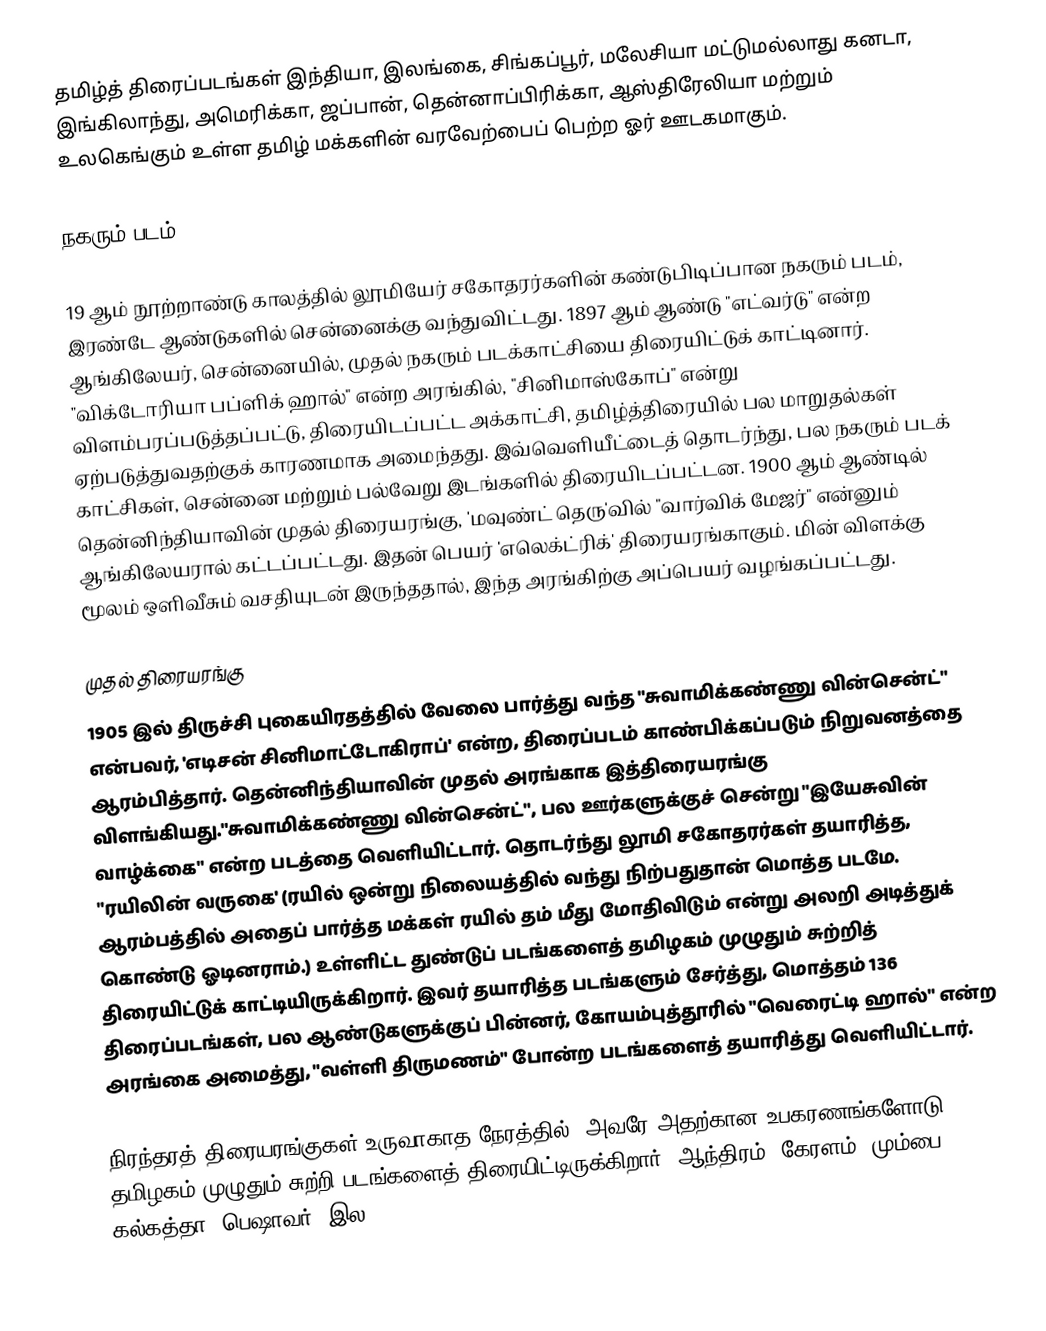
தமிழ்த் திரைப்படங்கள் இந்தியா, இலங்கை, சிங்கப்பூர், மலேசியா மட்டுமல்லாது கனடா, இங்கிலாந்து, அமெரிக்கா, ஜப்பான், தென்னாப்பிரிக்கா, ஆஸ்திரேலியா மற்றும் உலகெங்கும் உள்ள தமிழ் மக்களின் வரவேற்பைப் பெற்ற ஓர் ஊடகமாகும்.

நகரும் படம்

19 ஆம் நூற்றாண்டு காலத்தில் லூமியேர் சகோதரர்களின் கண்டுபிடிப்பான நகரும் படம், இரண்டே ஆண்டுகளில் சென்னைக்கு வந்துவிட்டது. 1897 ஆம் ஆண்டு "எட்வர்டு" என்ற ஆங்கிலேயர், சென்னையில், முதல் நகரும் படக்காட்சியை திரையிட்டுக் காட்டினார். "விக்டோரியா பப்ளிக் ஹால்" என்ற அரங்கில், "சினிமாஸ்கோப்" என்று விளம்பரப்படுத்தப்பட்டு, திரையிடப்பட்ட அக்காட்சி, தமிழ்த்திரையில் பல மாறுதல்கள் ஏற்படுத்துவதற்குக் காரணமாக அமைந்தது. இவ்வெளியீட்டைத் தொடர்ந்து, பல நகரும் படக் காட்சிகள், சென்னை மற்றும் பல்வேறு இடங்களில் திரையிடப்பட்டன. 1900 ஆம் ஆண்டில் தென்னிந்தியாவின் முதல் திரையரங்கு, 'மவுண்ட் தெரு'வில் "வார்விக் மேஜர்" என்னும் ஆங்கிலேயரால் கட்டப்பட்டது. இதன் பெயர் 'எலெக்ட்ரிக்' திரையரங்காகும். மின் விளக்கு மூலம் ஒளிவீசும் வசதியுடன் இருந்ததால், இந்த அரங்கிற்கு அப்பெயர் வழங்கப்பட்டது.

முதல் திரையரங்கு
1905 இல் திருச்சி புகையிரதத்தில் வேலை பார்த்து வந்த "சுவாமிக்கண்ணு வின்சென்ட்" என்பவர், 'எடிசன் சினிமாட்டோகிராப்' என்ற, திரைப்படம் காண்பிக்கப்படும் நிறுவனத்தை ஆரம்பித்தார். தென்னிந்தியாவின் முதல் அரங்காக இத்திரையரங்கு விளங்கியது."சுவாமிக்கண்ணு வின்சென்ட்", பல ஊர்களுக்குச் சென்று "இயேசுவின் வாழ்க்கை" என்ற படத்தை வெளியிட்டார். தொடர்ந்து லூமி சகோதரர்கள் தயாரித்த, "ரயிலின் வருகை' (ரயில் ஒன்று நிலையத்தில் வந்து நிற்பதுதான் மொத்த படமே. ஆரம்பத்தில் அதைப் பார்த்த மக்கள் ரயில் தம் மீது மோதிவிடும் என்று அலறி அடித்துக் கொண்டு ஓடினராம்.) உள்ளிட்ட துண்டுப் படங்களைத் தமிழகம் முழுதும் சுற்றித் திரையிட்டுக் காட்டியிருக்கிறார். இவர் தயாரித்த படங்களும் சேர்த்து, மொத்தம் 136 திரைப்படங்கள்,  பல ஆண்டுகளுக்குப் பின்னர், கோயம்புத்தூரில் "வெரைட்டி ஹால்" என்ற அரங்கை அமைத்து, "வள்ளி திருமணம்" போன்ற படங்களைத் தயாரித்து வெளியிட்டார்.

நிரந்தரத் திரையரங்குகள் உருவாகாத நேரத்தில், அவரே அதற்கான உபகரணங்களோடு, தமிழகம் முழுதும் சுற்றி படங்களைத் திரையிட்டிருக்கிறார். ஆந்திரம், கேரளம், மும்பை, கல்கத்தா, பெஷாவர், இல